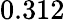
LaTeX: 0.312